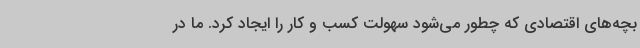
بچه‌های اقتصادی که چطور می‌شود سهولت کسب و کار را ایجاد کرد. ما در